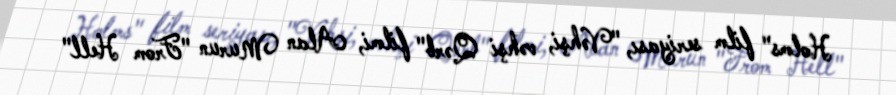
Holms" film seriyası, "Vəhşi, vəhşi Qərb" filmi, Alan Murun "From Hell"